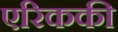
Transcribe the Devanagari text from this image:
एरिककी